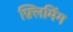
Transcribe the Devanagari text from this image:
फ़्लिमिंग